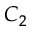
C _ { 2 }